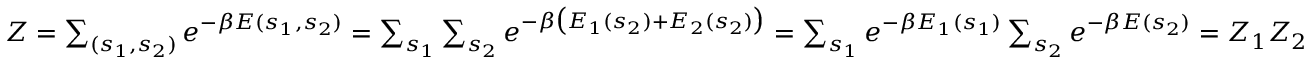
\begin{array} { r } { Z = \sum _ { ( s _ { 1 } , s _ { 2 } ) } e ^ { - \beta E ( s _ { 1 } , s _ { 2 } ) } = \sum _ { s _ { 1 } } \sum _ { s _ { 2 } } e ^ { - \beta \big ( E _ { 1 } ( s _ { 2 } ) + E _ { 2 } ( s _ { 2 } ) \big ) } = \sum _ { s _ { 1 } } e ^ { - \beta E _ { 1 } ( s _ { 1 } ) } \sum _ { s _ { 2 } } e ^ { - \beta E ( s _ { 2 } ) } = Z _ { 1 } Z _ { 2 } } \end{array}